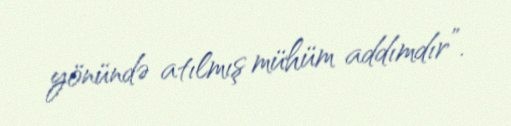
yönündə atılmış mühüm addımdır”.